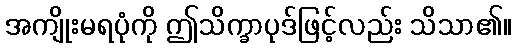
အကျိုးမရပုံကို ဤသိက္ခာပုဒ်ဖြင့်လည်း သိသာ၏။